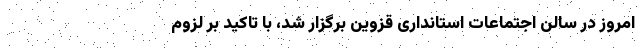
امروز در سالن اجتماعات استانداری قزوین برگزار شد، با تاکید بر لزوم